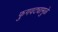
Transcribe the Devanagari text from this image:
फुगवट्यामुळे